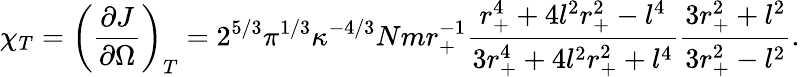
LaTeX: \chi_{T}=\left(\frac{\partial J}{\partial\Omega}\right)_{T}=2^{5/3}\pi^{1/3}\kappa^{-4/3}Nmr_{+}^{-1}\frac{r_{+}^{4}+4l^{2}r_{+}^{2}-l^{4}}{3r_{+}^{4}+4l^{2}r_{+}^{2}+l^{4}}\frac{3r_{+}^{2}+l^{2}}{3r_{+}^{2}-l^{2}}.